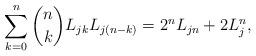
LaTeX: \begin{align*}\sum_{k=0}^{n} {n\choose k} L_{jk} L_{j(n-k)} = 2^n L_{jn} + 2 L_j^n,\end{align*}